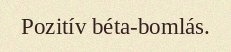
Pozitív béta-bomlás.